Problem: 8 × 3 = ?
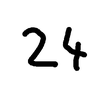
Handwritten answer: 24